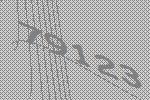
79123